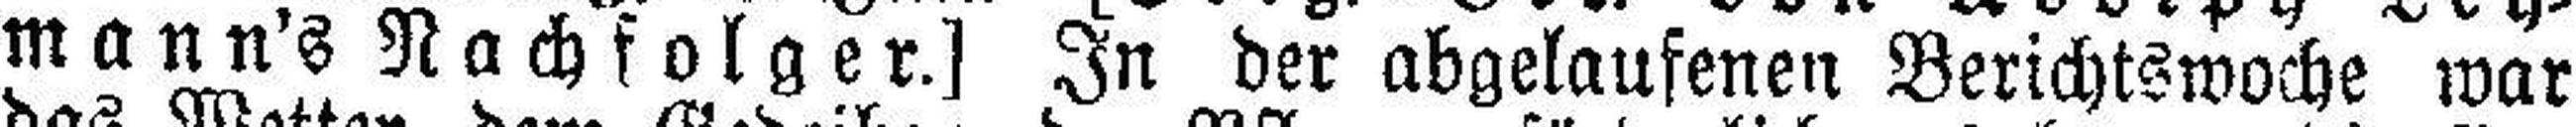
mann's Nachfolger.] In der abgelaufenen Berichtswoche war